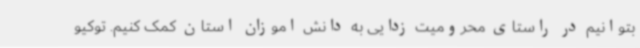
بتوانیم در راستای محرومیت زدایی به دانش اموزان استان کمک کنیم. توکیو